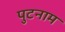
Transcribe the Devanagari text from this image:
पुटनाम